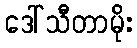
ဒေါ်သီတာမိုး